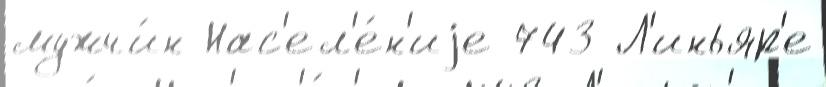
мужчи́н Нас'ел'е́н'иjе 743 Л'иньяр'е